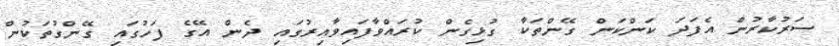
ސަރުކާރުން އެފަދަ ކަންކަން ގޭންތަކާ ގުޅިގެން ކުރައްވާފައިވާއިރުގައި ދެން އޭގެ ފަހުގައި ގޭންގުތަކުން